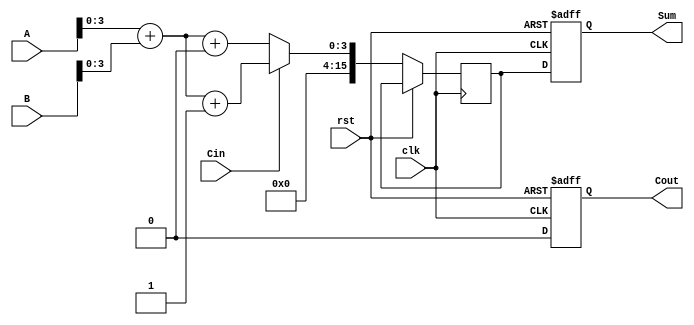
module Pipelined_Carry_Select_Adder #(
    parameter N = 16,  // Total bits for A and B
    parameter STAGE_WIDTH = 4 // Number of bits in each stage
)(
    input  [N-1:0] A,       // First operand
    input  [N-1:0] B,       // Second operand
    input  Cin,             // Initial carry-in
    input  clk,             // Clock
    input  rst,             // Reset
    output reg [N-1:0] Sum, // Final sum output
    output reg Cout         // Final carry-out
);

    localparam NUM_STAGES = N / STAGE_WIDTH;

    // Internal signals
    reg [STAGE_WIDTH-1:0] sum0[NUM_STAGES-1:0]; // Sum when Cin = 0
    reg [STAGE_WIDTH-1:0] sum1[NUM_STAGES-1:0]; // Sum when Cin = 1
    reg Cout0[NUM_STAGES-1:0];                   // Carry out when Cin = 0
    reg Cout1[NUM_STAGES-1:0];                   // Carry out when Cin = 1
    reg [NUM_STAGES-1:0] carry_in;               // Carry inputs for each stage
    reg [N-1:0] stage_sum[NUM_STAGES-1:0];      // Store sums for pipelining
    reg carry_out;

    integer i;

    // Stage computation
    always @(*) begin
        carry_in[0] = Cin; // Initial carry-in for the first stage
        for (i = 0; i < NUM_STAGES; i = i + 1) begin
            {Cout0[i], sum0[i]} = A[STAGE_WIDTH*i +: STAGE_WIDTH] + B[STAGE_WIDTH*i +: STAGE_WIDTH] + 1'b0;
            {Cout1[i], sum1[i]} = A[STAGE_WIDTH*i +: STAGE_WIDTH] + B[STAGE_WIDTH*i +: STAGE_WIDTH] + 1'b1;
            // The carry for the next stage depends on the current carry_in
            if (i < NUM_STAGES - 1) begin
                carry_in[i + 1] = carry_in[i] ? Cout1[i] : Cout0[i];
            end
        end
    end

    // Pipelined registers
    always @(posedge clk or posedge rst) begin
        if (rst) begin
            Sum <= 0;
            Cout <= 0;
        end else begin
            // Shift registers to store results of each stage
            for (i = 0; i < NUM_STAGES; i = i + 1) begin
                stage_sum[i] <= carry_in[i] ? sum1[i] : sum0[i];
            end
            
            // Combine results into final outputs
            Sum <= {stage_sum[NUM_STAGES-1], stage_sum[NUM_STAGES-2], stage_sum[NUM_STAGES-3], stage_sum[NUM_STAGES-4]};
            Cout <= carry_out;
        end
    end

endmodule